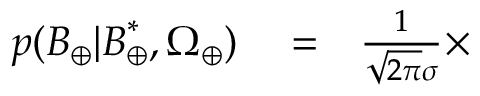
\begin{array} { r l r } { p ( \boldsymbol { B } _ { \oplus } | \boldsymbol { B } _ { \oplus } ^ { * } , \Omega _ { \oplus } ) } & { { } = } & { \frac { 1 } { \sqrt { 2 \pi } \sigma } \times } \end{array}